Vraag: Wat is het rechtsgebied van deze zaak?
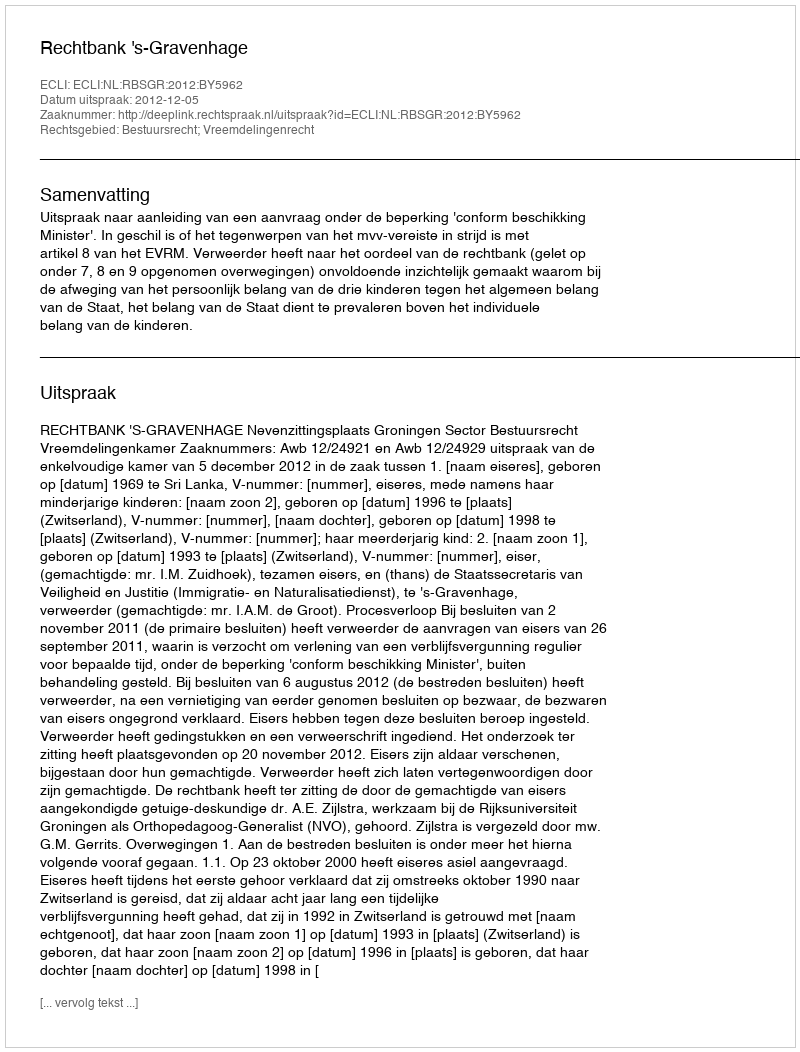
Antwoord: Bestuursrecht; Vreemdelingenrecht